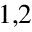
^ { 1 , 2 }